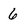
Character: 6